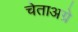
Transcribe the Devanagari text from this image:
चेताअग्रे